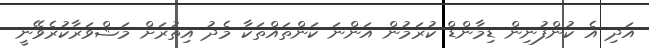
އަދި އެ ކުންފުނިން ޑިމާންޑް ކުރަމުން އަންނަ ކަންތައްތަކާ މެދު އިތުރަށް މަޝްވަރާކުރެވޭނީ